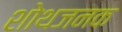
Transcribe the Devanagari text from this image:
शोथजनक